Vaccination in the Punjab 1867-1880 - 1867-1880
Year: 1867
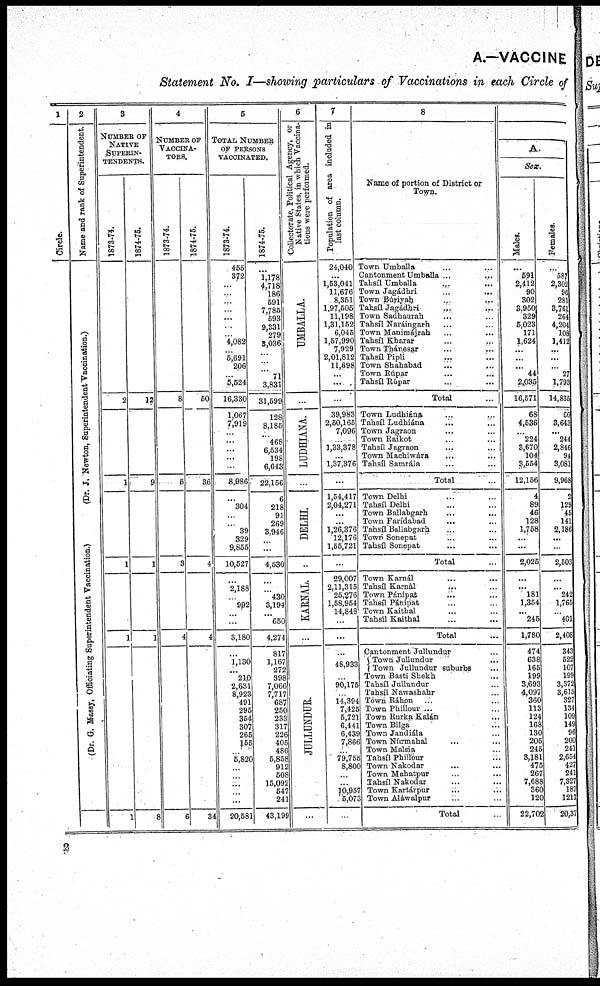
A.—VACCINE
Statement No. I—showing particulars of Vaccinations in each Circle of
1
Circle.
2
Name and rank of Superintendent.
(Dr. J. Newton, Superintendent Vaccination.)
(Dr. G. Massy, Officiating Superintendent Vaccination.)
3
NUMBER OF
NATIVE
SUPERIN-
TENDENTS.
1873-71.
2
1
1
1
1
1874-75.
12
9
1
1
8
4
NUMBER OF
VACCINA-
----.
1873-74.
8
5
3
4
6
1874-75.
50
36
4
4
34
5
TOTAL NUMBER
OF PERSONS
VACCINATED.
1873-74.
455
372
...
...
...
...
...
...
...
4,082
5,691
206
...
5,524
16,330
1,067
7,919
...
...
...
...
...
8,986
...
304
...
...
39
329
9,855
10,527
...
2,188
...
992
...
...
3,180
...
1,130
...
210
2,631
8,923
491
295
354
307
265
155
...
5,820
...
...
...
...
...
20,581
1874-75.
...
1,178
4,718
186
591
7,785
593
9,331
279
3,036
...
...
71
3,831
31,599
128
8,185
468
6,534
198
6,643
22,156
6
218
93
269
3,946
...
...
4,530
...
...
430
3,194
...
650
4,274
817
1,167
272
398
7,06C
7,717
687
250
233
317
226
405
486
5,853
91
50
15,09
54
24
43,199
6
Collectorate, Political Agency, or
Native States, in which. Vaccina-
tions were performed.
UMBALLA.
...
LUDHIANA.
...
DELHI.
..
KARNAL.
...
JULLUNDUR
...
7
Population of area included in
last column.
24,040
...
1,63,041
11,676
8,351
1.97,505
11,198
1,31,152
6,045
1,57,990
7,929
2,01,812
11,698
...
...
...
39,983
2,50,165
7,096
...
1,33,378
...
1,37,376
...
1,54,417
2,04,271
...
...
1,26,376
12,176
1,55,721
...
29,007
2,11,315
25,376
1,58,954
14,848
...
...
...
48,935
...
90,175
...
14,394
7,425
5,721
6,441
6,439
7,866
...
79,756
8,800
...
...
10,957
5,073
...
8
Name of portion of District or
Town.
Town Umballa ... ...
Cantonment Umballa
...
...
Tahsíl Umballa
...
...
Town Jagádhri
...
...
Town Búriyah
...
...
Tahgíl Jagádhri ... ...
Town Sadhaurah ... ...
Tahsíl Naráingarh ... ...
Town Manimájrah ... ...
Tahsíl Kharar ... ...
Town Thánesar ... ...
Tahsíl Pipli ... ...
Town Shahabad ... ...
Town Rúpar ... ...
Tahsíl Rúpar ... ...
Total ...
Town Ludhiána ... ...
Tahsíl Ludhiána ... ...
Town Jagraon ... ...
Town Raikot ... ...
Tahsíl Jagraon ... ...
Town Machiwára ... ...
Tahsíl Samrála ... ...
Total ...
Town Delhi ... ...
Tahsíl Delhi ... ...
Town Ballabgarh ... ...
Town Farídabad ... ...
Tahsíl Ballabgarh ... ...
Town Sonepat ... ...
Tahsíl Sonepat ... ...
Total ...
Town Karnál ... ...
Tahsíl Karnál ... ...
Town Pánipat ... ...
Tahsíl Pánipat ... ...
Town Kaithal ... ...
Tahsíl Kaithal ... ...
Total ...
Cantonment Jullundur ...
Town Jullundur ...
Town Jullundur suburbs ...
Town Basti Shekh ...
Tahsíl Jullundur ...
Tahsíl Nawashahr ...
Town Ráhon ... ...
Town Phillour ... ...
Town Rurka Kalán ...
Town Bilga ...
Town Jandiála ...
Town Núrmahal ... ...
Town Malsia ...
Tahsíl Phillour ...
Town Nakodar ... ...
Town Mahatpur ... ...
Tahsíl Nakodar ... ...
Town Kartárpur ... ...
Town Aláwalpur ... ...
Total ...
A.
Sex.
Males.
...
591
2,412
90
302
3,950
329
5,023
171
1,624
...
...
...
44
2,035
16,571
68
4,536
...
224
3,670
104
3,554
12,156
4
89
46
128
1,758
...
...
2,025
...
...
181
1,354
... 245
1,780
474
638
165
199
3,693
4,097
360
113
124
168
130
205
245
3,181
475
267
7,688
360
120
22,702
Females.
...
587
2,302
96
281
3,761
264
4,204
108
1,412
...
...
...
27
1,793
14,835
60
3,643
...
244
2,846
94
3,081
9,968
2
129
45
141
2,186
...
...
2,503
...
...
242
1,765
... 401
2,408
343
522
107
199
3,372
3,615
327
134
109
149
96
200
241
2,654
427
241
7,327
187
1211
20,37
2